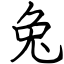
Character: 兔